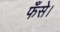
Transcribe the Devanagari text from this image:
फँसे।